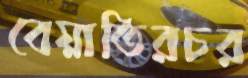
বেয়াতিরচর